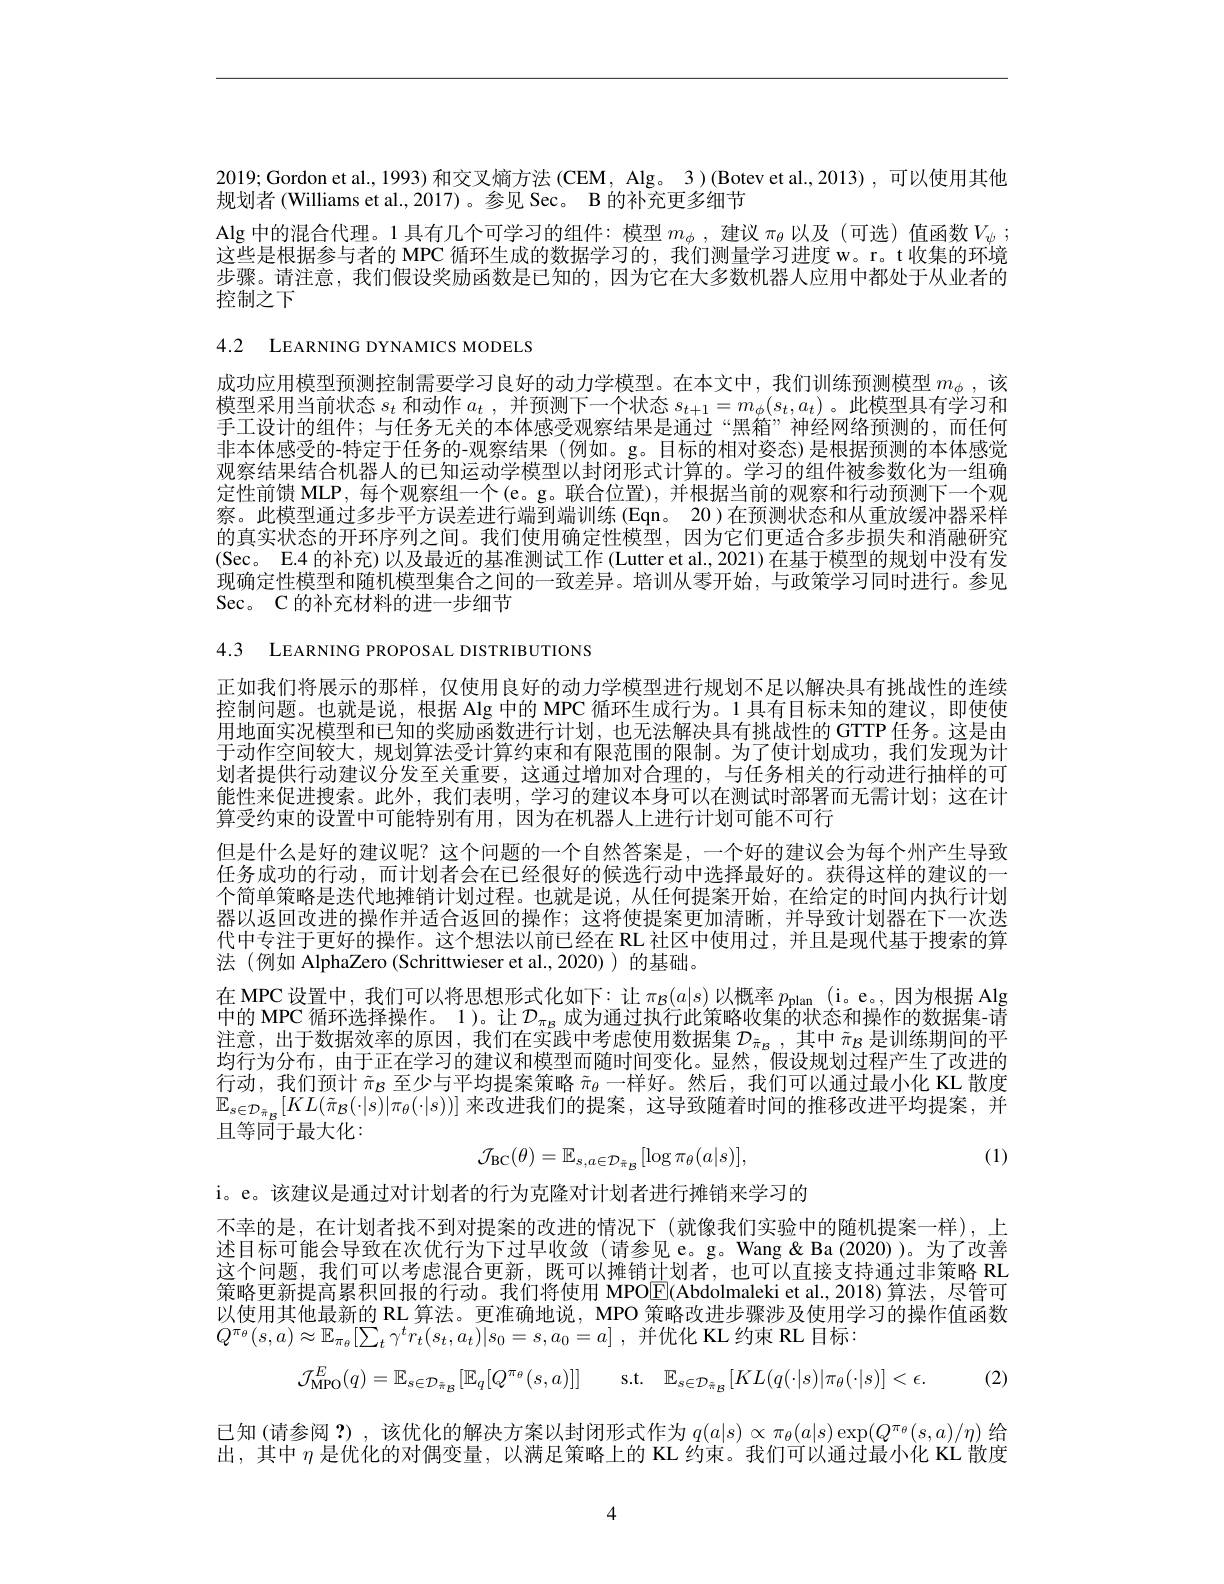
2019; Gordon et al., 1993) 和交叉熵方法 (CEM, Alg。3)(Botev et al., 2013), 可以使用其他
规划者 (Williams et al., 2017)。参见 Sec。B 的补充更多细节

Alg 中的混合代理。1 具有几个可学习的组件：模型$m_\phi$,建议$\pi_\theta$以及(可选)值函数$V_\psi;$ 这些是根据参与者的 MPC 循环生成的数据学习的，我们测量学习进度 w。r。t收集的环境步骤。请注意，我们假设奖励函数是已知的，因为它在大多数机器人应用中都处于从业者的控制之下

4.2 LEARNING DYNAMICS MODELS

成功应用模型预测控制需要学习良好的动力学模型。在本文中，我们训练预测模型$m_\phi$ ,该模型采用当前状态$s_t$和动作$a_t$,并预测下一个状态$s_t+1=m_\phi(s_t,a_t)$。此模型具有学习和手工设计的组件；与任务无关的本体感受观察结果是通过“黑箱”神经网络预测的，而任何非本体感受的-特定于任务的-观察结果(例如。g。目标的相对姿态)是根据预测的本体感觉观察结果结合机器人的已知运动学模型以封闭形式计算的。学习的组件被参数化为一组确定性前馈 MLP, 每个观察组一个(e。g。联合位置), 并根据当前的观察和行动预测下一个观察。此模型通过多步平方误差进行端到端训练(Eqn。20)在预测状态和从重放缓冲器采样的真实状态的开环序列之间。我们使用确定性模型，因为它们更适合多步损失和消融研究(Sec。E.4 的补充) 以及最近的基准测试工作 (Lutter et al., 2021) 在基于模型的规划中没有发现确定性模型和随机模型集合之间的一致差异。培训从零开始，与政策学习同时进行。参见Sec。C 的补充材料的进一步细节

4.3 LEARNING PROPOSAL DISTRIBUTIONS

正如我们将展示的那样，仅使用良好的动力学模型进行规划不足以解决具有挑战性的连续控制问题。也就是说，根据 Alg 中的 MPC 循环生成行为。1 具有目标未知的建议，即使使用地面实况模型和已知的奖励函数进行计划，也无法解决具有挑战性的 GTTP 任务。这是由于动作空间较大，规划算法受计算约束和有限范围的限制。为了使计划成功，我们发现为计划者提供行动建议分发至关重要，这通过增加对合理的，与任务相关的行动进行抽样的可能性来促进搜索。此外，我们表明，学习的建议本身可以在测试时部署而无需计划；这在计算受约束的设置中可能特别有用，因为在机器人上进行计划可能不可行
但是什么是好的建议呢？这个问题的一个自然答案是，一个好的建议会为每个州产生导致任务成功的行动，而计划者会在已经很好的候选行动中选择最好的。获得这样的建议的一个简单策略是迭代地摊销计划过程。也就是说，从任何提案开始，在给定的时间内执行计划器以返回改进的操作并适合返回的操作；这将使提案更加清晰，并导致计划器在下一次迭代中专注于更好的操作。这个想法以前已经在 RL 社区中使用过，并且是现代基于搜索的算法 (例如 AlphaZero (Schrittwieser et al.,2020))的基础。
在 MPC 设置中，我们可以将思想形式化如下：让$\pi_B(a|s)$以概率$p_\mathrm{plan}$ (i。e。,因为根据 Alg 中的 MPC 循环选择操作。1)。让 $\mathcal{D}_\mathrm{\pi g}$成为通过执行此策略收集的状态和操作的数据集-请注意，出于数据效率的原因，我们在实践中考虑使用数据集$\mathcal{D}_{\tilde{\pi}_\mathrm{B}}$,其中$\tilde{\pi}_\mathrm{B}$是训练期间的平均行为分布，由于正在学习的建议和模型而随时间变化。显然，假设规划过程产生了改进的行动，我们预计$\tilde{\pi}_B$至少与平均提案策略$\tilde{\pi}_\theta$一样好。然后，我们可以通过最小化 KL 散度$\mathbb{E}_{s\in\mathcal{D}_{\tilde{\pi}_B}}[KL(\tilde{\pi}_B(\cdot|s)|\pi_\theta(\cdot|s))]$来改进我们的提案，这导致随着时间的推移改进平均提案，并且等同于最大化：
$$\mathcal{J}_{\mathrm{BC}}(\theta)=\mathbb{E}_{s,a\in\mathcal{D}_{\tilde{\pi}_{\mathcal B}}}[\log\pi_{\theta}(a|s)],$$
(1)

i。e。该建议是通过对计划者的行为克隆对计划者进行摊销来学习的
不幸的是，在计划者找不到对提案的改进的情况下(就像我们实验中的随机提案一样),上述目标可能会导致在次优行为下过早收敛(请参见 e。g。Wang&Ba(2020))。为了改善这个问题，我们可以考虑混合更新，既可以摊销计划者，也可以直接支持通过非策略 RL 策略更新提高累积回报的行动。我们将使用 MPO$\boxed{\mathrm{E}}($Abdolmaleki et al.,2018)算法，尽管可以使用其他最新的 RL 算法。更准确地说，MPO 策略改进步骤涉及使用学习的操作值函数$Q^{\pi _{\theta }}( s, a) \approx \mathbb{E} _{\pi _{\theta }}[ \sum _{t}\gamma ^{t}r_{t}( s_{t}, a_{t}) | s_{0}= s, a_{0}= a]$ ,并优化 KL 约束 RL 目标：

(2)
$$\mathcal{J}_{\mathrm{MPO}}^{E}(q)=\mathbb{E}_{s\in\mathcal{D}_{\tilde{\pi}_{\mathcal{B}}}}[\mathbb{E}_{q}[Q^{\pi_{\theta}}(s,a)]]\quad\mathrm{s.t.}\quad\mathbb{E}_{s\in\mathcal{D}_{\tilde{\pi}_{\mathcal{B}}}}[KL(q(\cdot|s)|\pi_{\theta}(\cdot|s)]<\epsilon.$$
已知(请参阅？),该优化的解决方案以封闭形式作为$q(a|s)\propto\pi_\theta(a|s)\exp(Q^{\pi_\theta}(s,a)/\eta)$给出，其中$\eta$是优化的对偶变量，以满足策略上的 KL 约束。我们可以通过最小化 KL 散度

4